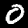
Label: 0